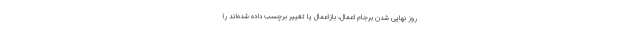
روز نهایی شدن برجام اعمال، بازاعمال یا تغییر برچسب داده شده‌اند را